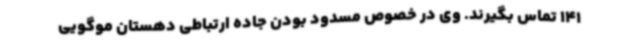
141 تماس بگیرند. وی در خصوص مسدود بودن جاده ارتباطی دهستان موگویی